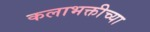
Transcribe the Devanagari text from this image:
कलाभक्तीच्या